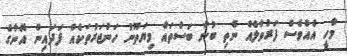
މާހީ އެއްވެސް ފަރުވާލެއް ނެތި ބުނާ ބަސްތައް މިޔަތޫނު ހަންޖަރުތަކެއް ފަދައިން އޭނާގެ